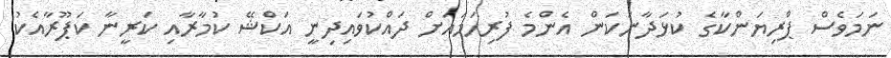
ނަމަވެސް ޕްރިޔަންކާގެ ކުޅަދާނަކަން އެންމެ ފުރިހަމައަށް ދައްކުވައިދިނީ އަކްޝޭ ކުމާރާއި ކަރީނާ ކަޕޫރާއެކު